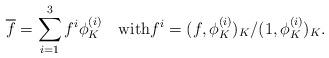
LaTeX: \begin{align*}\overline{f} = \sum_{i=1}^3 f^i \phi_K^{(i)} \quad{\rm with} f^i = (f,\phi_K^{(i)})_K/(1,\phi_K^{(i)})_K .\end{align*}